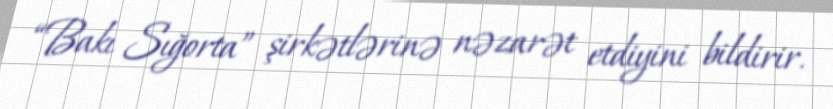
“Bakı Sığorta” şirkətlərinə nəzarət etdiyini bildirir.